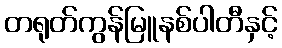
တရုတ်ကွန်မြူနစ်ပါတီနှင့်